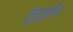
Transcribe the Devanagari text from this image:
सुईन